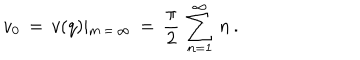
v _ { 0 } \, = \, v ( q ) \vert _ { m \, = \, \infty } \, = \, \frac { \pi } { 2 } \, \sum _ { n = 1 } ^ { \infty } \, n \, { . }